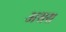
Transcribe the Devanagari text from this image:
असस